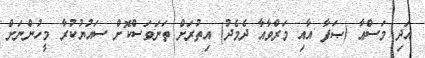
އަދި މަސްޢާ (ޞަފާ އާއި މަރްވާއާ ދެމެދު) އިތުރަށް ތަނަވަސްކޮށް ސައުޔުކުރާ މީހުންނަށް